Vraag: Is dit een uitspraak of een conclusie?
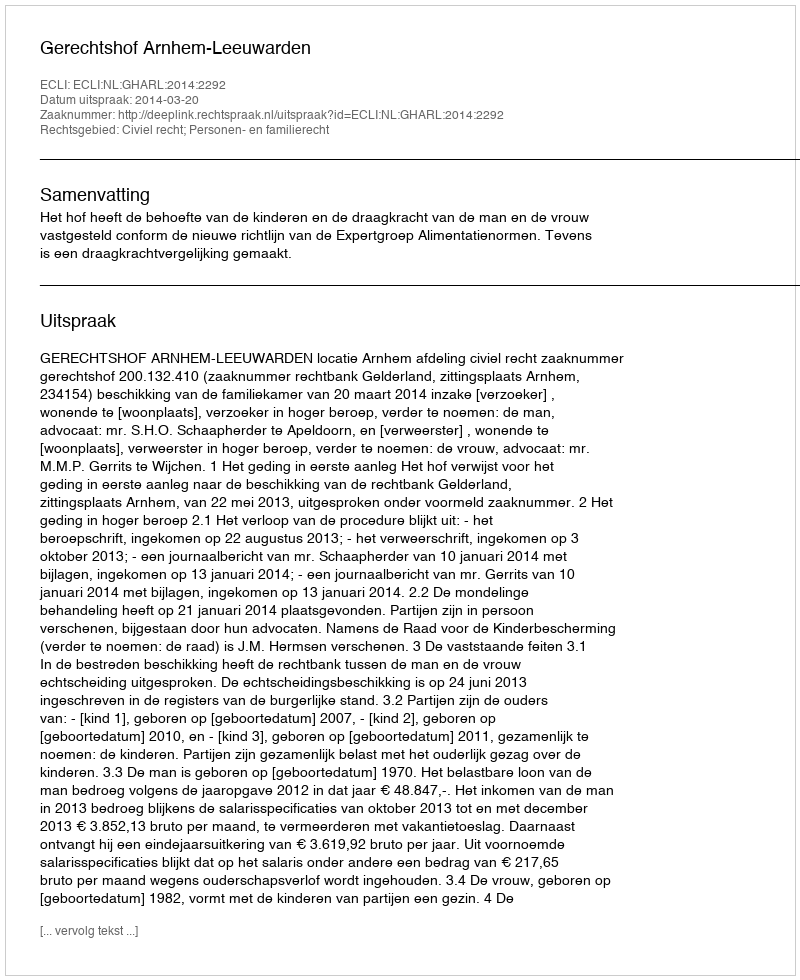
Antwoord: Uitspraak